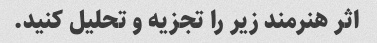
اثر هنرمند زیر را تجزیه و تحلیل کنید.